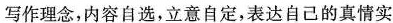
写作理念，内容自选，立意自定，表达自己的真情实